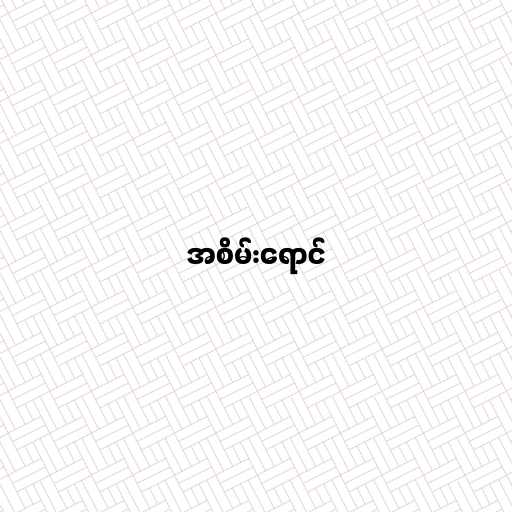
အစိမ်းရောင်